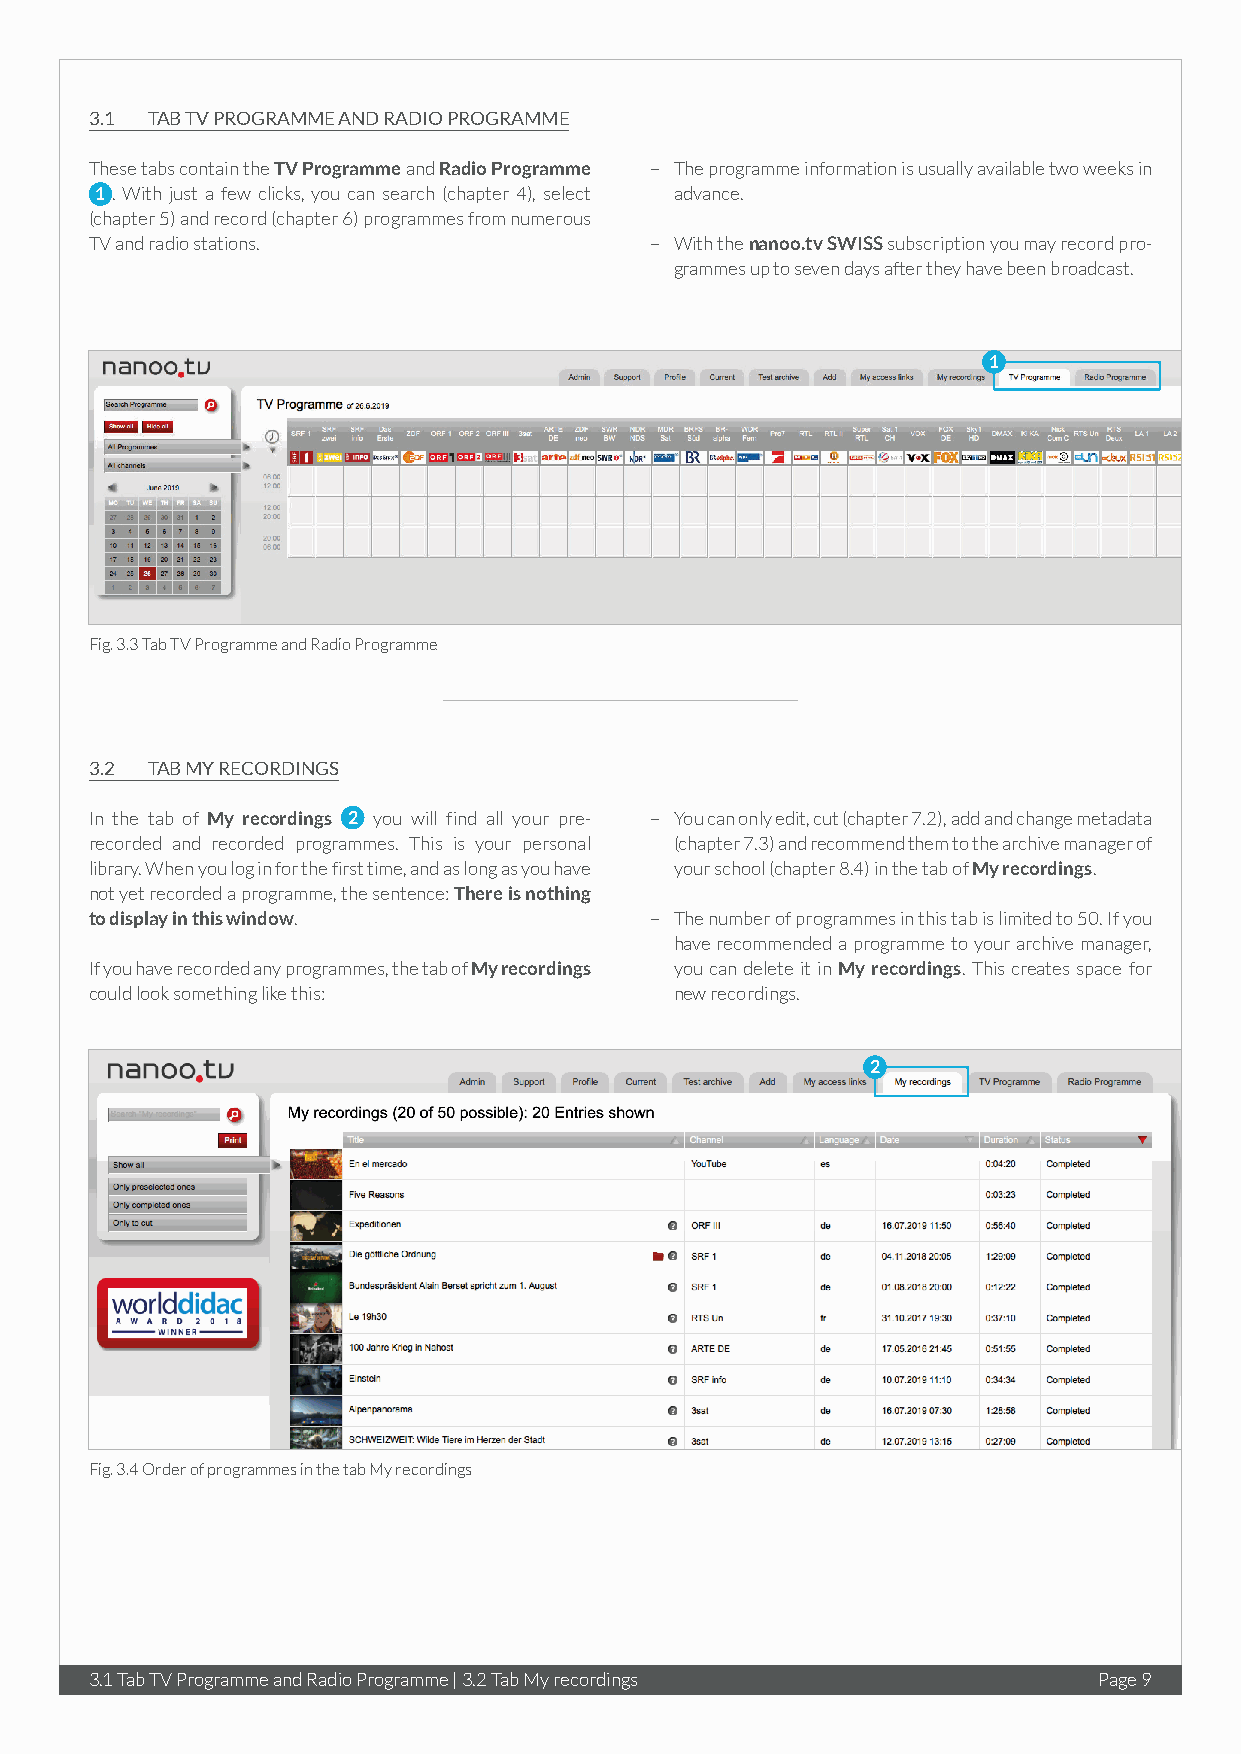
3.1 TAB TV PROGRAMME AND RADIO PROGRAMME
 These tabs contain the TV Programme and Radio Programme – The programme information is usually available two weeks in
 1 . With just a few clicks, you can search (chapter 4), select advance.
 (chapter 5) and record (chapter 6) programmes from numerous
 TV and radio stations.               – With the nanoo.tv SWISS subscription you may record pro-
 grammes up to seven days after they have been broadcast.
 1
 Fig. 3.3 Tab TV Programme and Radio Programme
 3.2 TAB MY RECORDINGS
 In the tab of My recordings 2 you will find all your pre- – You can only edit, cut (chapter 7.2), add and change metadata
 recorded and recorded programmes. This is your personal (chapter 7.3) and recommend them to the archive manager of
 library. When you log in for the first time, and as long as you have your school (chapter 8.4) in the tab of My recordings.
 not yet recorded a programme, the sentence: There is nothing
 to display in this window.           – The number of programmes in this tab is limited to 50. If you
 have recommended a programme to your archive manager,
 If you have recorded any programmes, the tab of My recordings you can delete it in My recordings. This creates space for
 could look something like this:        new recordings.
 2
 Fig. 3.4 Order of programmes in the tab My recordings
 3.1 Tab TV Programme and Radio Programme | 3.2 Tab My recordings   Page 9